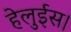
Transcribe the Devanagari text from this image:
हेलुईस।